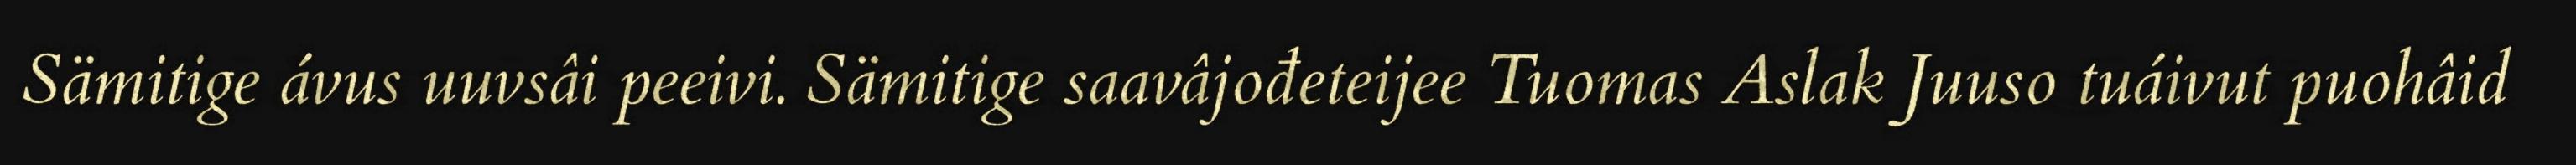
Sämitige ávus uuvsâi peeivi. Sämitige saavâjođeteijee Tuomas Aslak Juuso tuáivut puohâid